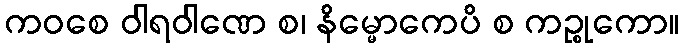
ကဝစေ ဝါရဝါဏေ စ၊ နိမ္မောကေပိ စ ကဉ္စုကော။